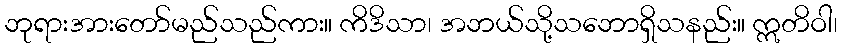
ဘုရားအားတော်မည်သည်ကား။ ကိဒိသာ၊ အဘယ်သို့သဘောရှိသနည်း။ ဣတိဝါ၊